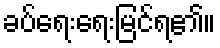
ခပ်ရေးရေးမြင်ရ၏။